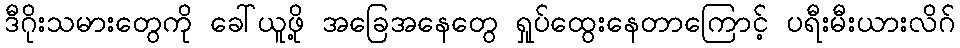
ဒီဂိုးသမားတွေကို ခေါ်ယူဖို့ အခြေအနေတွေ ရှုပ်ထွေးနေတာကြောင့် ပရီးမီးယားလိဂ်